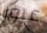
عبور